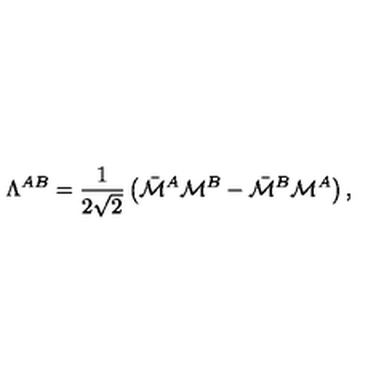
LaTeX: \Lambda ^ { A B } = { \frac { 1 } { 2 \sqrt { 2 } } } \left( \bar { \cal M } ^ { A } { \cal M } ^ { B } - \bar { \cal M } ^ { B } { \cal M } ^ { A } \right) ,